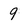
Character: 9